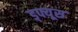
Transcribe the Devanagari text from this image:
ड्फ्यूस